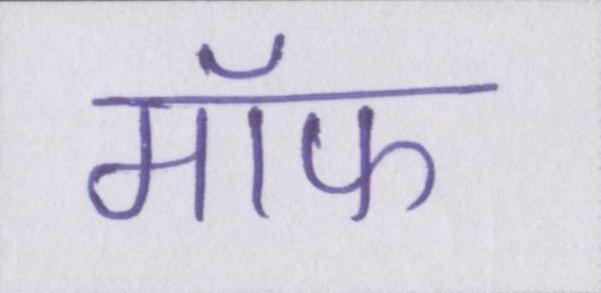
मॉफ